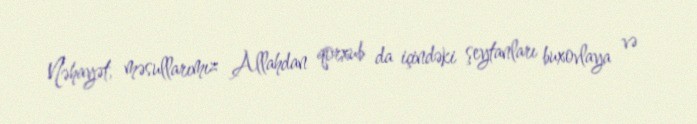
Nəhayət, məsullarımız Allahdan qorxub da içindəki şeytanları buxovlaya və